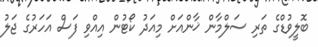
ބޮލީވުޑްގެ ތަރި ސަލްމާން ޚާންއަށް މިއަދު ކޯޓުން އިއްވި ފަސް އަހަރުގެ ޖަލު